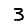
Digit: 3